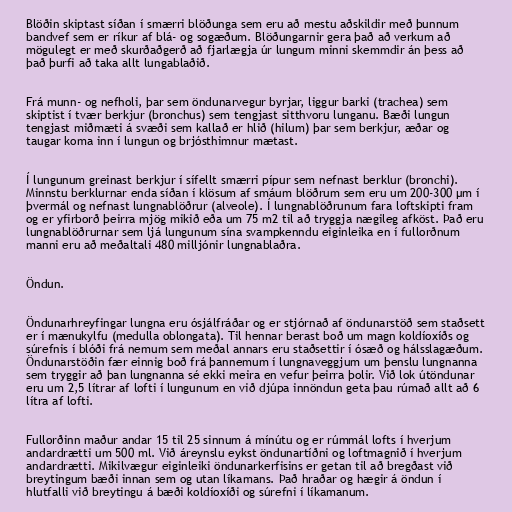
Blöðin skiptast síðan í smærri blöðunga sem eru að mestu aðskildir með þunnum
bandvef sem er ríkur af blá- og sogæðum. Blöðungarnir gera það að verkum að
mögulegt er með skurðaðgerð að fjarlægja úr lungum minni skemmdir án þess að
það þurfi að taka allt lungablaðið.

Frá munn- og nefholi, þar sem öndunarvegur byrjar, liggur barki (trachea) sem
skiptist í tvær berkjur (bronchus) sem tengjast sitthvoru lunganu. Bæði lungun
tengjast miðmæti á svæði sem kallað er hlið (hilum) þar sem berkjur, æðar og
taugar koma inn í lungun og brjósthimnur mætast.

Í lungunum greinast berkjur í sífellt smærri pípur sem nefnast berklur (bronchi).
Minnstu berklurnar enda síðan í klösum af smáum blöðrum sem eru um 200-300 µm í
þvermál og nefnast lungnablöðrur (alveole). Í lungnablöðrunum fara loftskipti fram
og er yfirborð þeirra mjög mikið eða um 75 m2 til að tryggja nægileg afköst. Það eru
lungnablöðrurnar sem ljá lungunum sína svampkenndu eiginleika en í fullorðnum
manni eru að meðaltali 480 milljónir lungnablaðra.

Öndun.

Öndunarhreyfingar lungna eru ósjálfráðar og er stjórnað af öndunarstöð sem staðsett
er í mænukylfu (medulla oblongata). Til hennar berast boð um magn koldíoxíðs og
súrefnis í blóði frá nemum sem meðal annars eru staðsettir í ósæð og hálsslagæðum.
Öndunarstöðin fær einnig boð frá þannemum í lungnaveggjum um þenslu lungnanna
sem tryggir að þan lungnanna sé ekki meira en vefur þeirra þolir. Við lok útöndunar
eru um 2,5 lítrar af lofti í lungunum en við djúpa innöndun geta þau rúmað allt að 6
lítra af lofti.

Fullorðinn maður andar 15 til 25 sinnum á mínútu og er rúmmál lofts í hverjum
andardrætti um 500 ml. Við áreynslu eykst öndunartíðni og loftmagnið í hverjum
andardrætti. Mikilvægur eiginleiki öndunarkerfisins er getan til að bregðast við
breytingum bæði innan sem og utan líkamans. Það hraðar og hægir á öndun í
hlutfalli við breytingu á bæði koldíoxíði og súrefni í líkamanum.